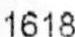
1618